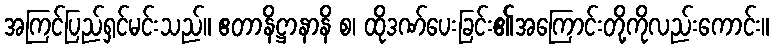
အကြင်ပြည်ရှင်မင်းသည်။ ဧတာနိဋ္ဌာနာနိ စ၊ ထိုဒဏ်ပေးခြင်း၏အကြောင်းတို့ကိုလည်းကောင်း။